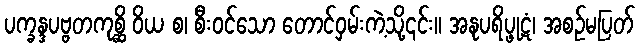
ပက္ခန္ဒပဗ္ဗတကုစ္ဆိ ဝိယ စ၊ စီးဝင်သော တောင်ဝှမ်းကဲ့သို့၎င်း။ အနုပရိပ္ဖုဋံ၊ အစဉ်မပြတ်